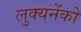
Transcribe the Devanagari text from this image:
लुक्यनेंको